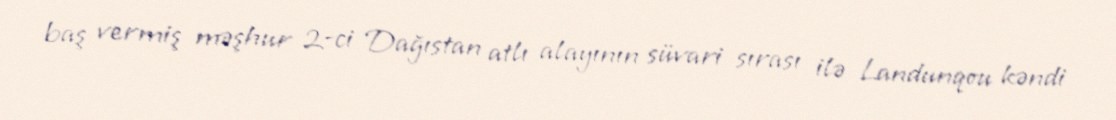
baş vermiş məşhur 2-ci Dağıstan atlı alayının süvari sırası ilə Landunqou kəndi